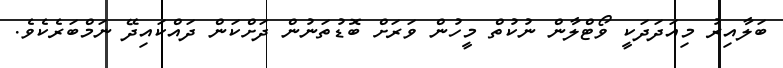
ބަލާއިރު މިއަދަދަކީ ވޯޓްލާން ނުކުތް މީހުން ވަރަށް ބޮޑުތަނުން ދަށްކަން ދައްކައިދޭ ނަމްބަރެކެވެ.